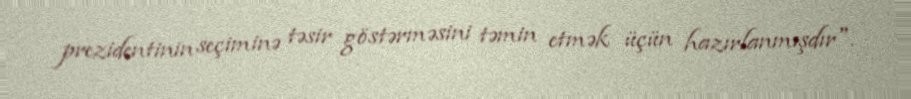
prezidentinin seçiminə təsir göstərməsini təmin etmək üçün hazırlanmışdır".